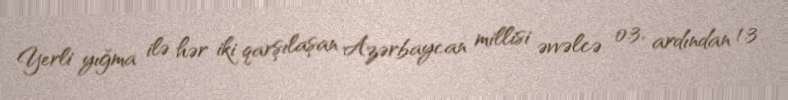
Yerli yığma ilə hər iki qarşılaşan Azərbaycan millisi əvvəlcə 0:3, ardından 1:3